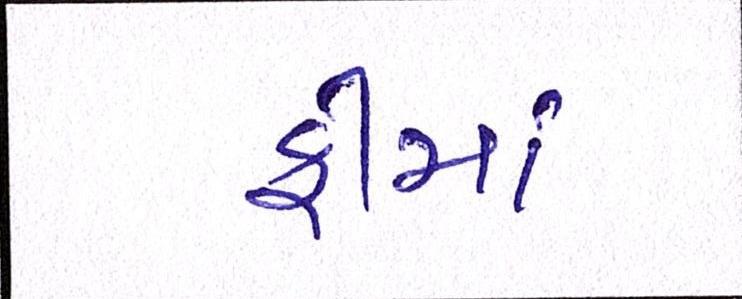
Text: ફીમાં